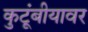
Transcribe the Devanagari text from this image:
कुटूंबीयावर